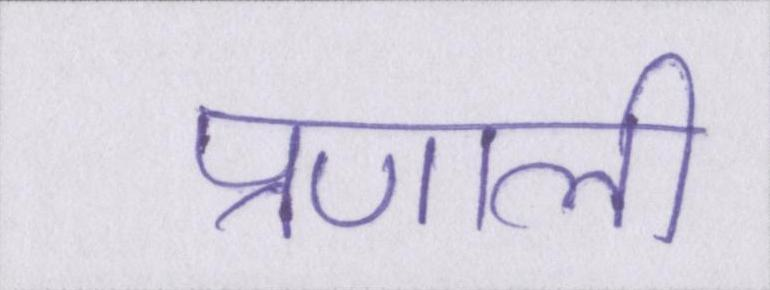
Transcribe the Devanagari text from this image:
प्रणाली